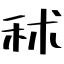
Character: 秫